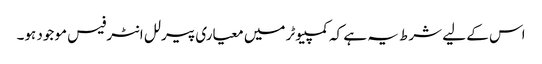
اس کے لیے شرط یہ ہے کہ کمپیوٹر میں معیاری پیرلل انٹرفیس موجود ہو۔